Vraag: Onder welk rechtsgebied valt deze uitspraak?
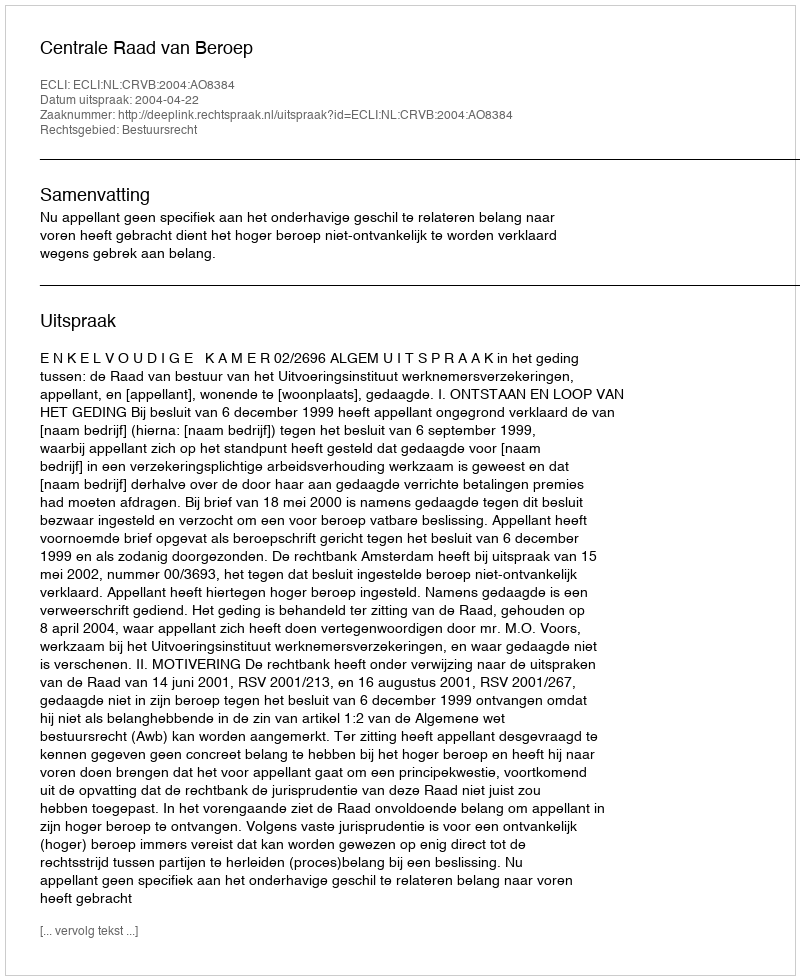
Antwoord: Bestuursrecht